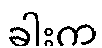
ခါးက